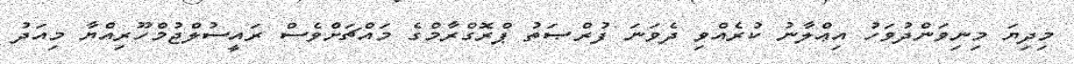
މިދިޔަ މިނިވަންދުވަހު އިޢްލާނު ކުރެއްވި ދެވަނަ ފުރްޞަތު ޕްރޮގްރާމްގެ މައްޗަށްވެސް ރައީސުލްޖުމްހޫރިއްޔާ މިއަދު